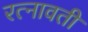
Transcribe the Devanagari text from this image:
रत्नावती